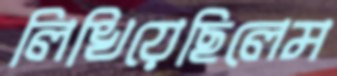
লিখিয়েছিলেম